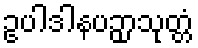
ဥပါဒါနပဉှာသုတ္တံ